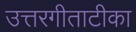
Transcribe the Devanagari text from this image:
उत्तरगीताटीका